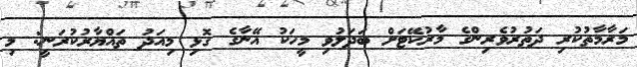
މަރާމާތުކުރި ދަތުރުވެރިންގެ މާރުކޭޓަށް ބަދަލުވި މީހަކު އޭނާގެ ގޮޅި މިއަދު ތައްޔާރުކުރަނީ: މި